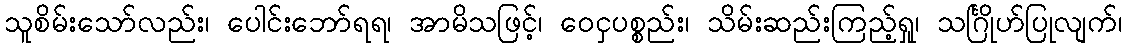
သူစိမ်းသော်လည်း၊ ပေါင်းဘော်ရရ၊ အာမိသဖြင့်၊ ဝေငှပစ္စည်း၊ သိမ်းဆည်းကြည့်ရှု၊ သင်္ဂြိုဟ်ပြုလျက်၊